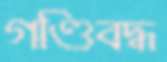
গণ্ডিবদ্ধ